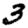
Digit: 3